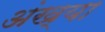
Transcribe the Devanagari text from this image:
अंख्या